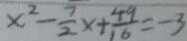
x ^ { 2 } - \frac { 7 } { 2 } x + \frac { 4 9 } { 1 6 } = - 3